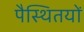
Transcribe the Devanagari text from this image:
पैस्थितयों